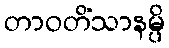
တာဝတိံသာနမ္ပိ